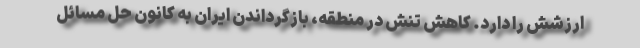
ارزشش را دارد. کاهش تنش در منطقه، بازگرداندن ایران به کانون حل مسائل